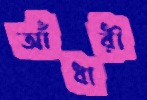
আঁধারী